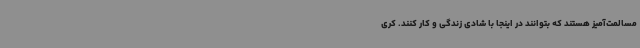
مسالمت‌آمیز هستند که بتوانند در اینجا با شادی زندگی و کار کنند. کری